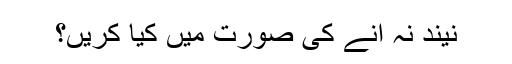
نیند نہ آنے کی صورت میں کیا کریں؟